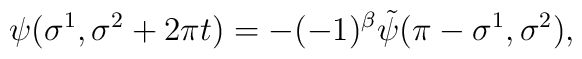
\psi(\sigma^1,\sigma^2+2\pi t)=-(-1)^\beta\tilde\psi(\pi-\sigma^1,\sigma^2),